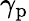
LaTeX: \gamma_{\mathrm{p}}